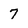
Character: 7